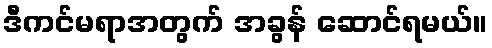
ဒီကင်မရာအတွက် အခွန် ဆောင်ရမယ်။